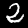
Digit: 2